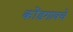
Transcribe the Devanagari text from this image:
कोंडगावचे